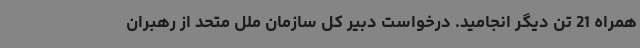
همراه 21 تن دیگر انجامید. درخواست دبیر کل سازمان ملل متحد از رهبران